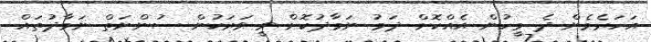
އަހަރެމެން ދެ މީހުން އެއްކޮށް ދަމު ނަމާދުކޮށް ވީ ވަރަކުން ސުންނަތް ނަމާދުތައް